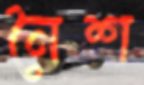
নৈশ